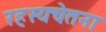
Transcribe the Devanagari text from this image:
रहस्यचेतना